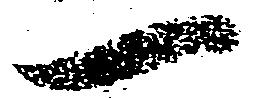
一